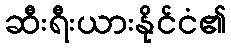
ဆီးရီးယားနိုင်ငံ၏